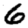
Digit: 6